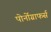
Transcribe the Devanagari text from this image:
पोर्नोग्राफर्स